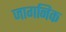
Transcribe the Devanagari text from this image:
जागनिक